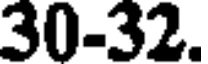
30-32.